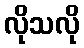
လိုသလို